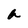
Character: a